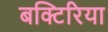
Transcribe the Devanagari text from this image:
बक्टिरिया